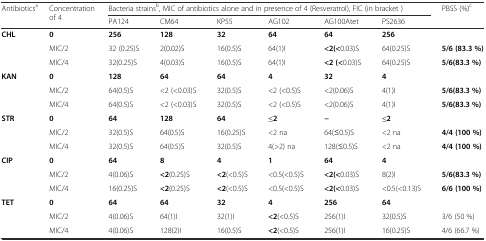
<table><thead><tr><td rowspan="2"><b>Antibiotics<sup>a</sup></b></td><td rowspan="2"><b>Concentration of 4</b></td><td colspan="6"><b>Bacteria strains<sup>b</sup>, MIC of antibiotics alone and in presence of 4 (Resveratrol), FIC (in bracket )</b></td><td><b>PBSS (%)<sup>c</sup></b></td></tr><tr><td><b>PA124</b></td><td><b>CM64</b></td><td><b>KP55</b></td><td><b>AG102</b></td><td><b>AG100Atet</b></td><td><b>PS2636</b></td><td></td></tr></thead><tbody><tr><td><b>CHL</b></td><td><b>0</b></td><td><b>256</b></td><td><b>128</b></td><td><b>32</b></td><td><b>64</b></td><td><b>64</b></td><td><b>256</b></td><td></td></tr><tr><td></td><td>MIC/2</td><td>32 (0.25)S</td><td>2(0.02)S</td><td>16(0.5)S</td><td>64(1)I</td><td><b>&lt;2(&lt;</b>0.03)S</td><td>64(0.25)S</td><td><b>5/6 (83.3 %)</b></td></tr><tr><td></td><td>MIC/4</td><td>32(0.25)S</td><td>4(0.03)S</td><td>16(0.5)S</td><td>64(1)I</td><td><b>&lt;2 (&lt;</b>0.03)S</td><td>64(0.25)S</td><td><b>5/6(83.3 %)</b></td></tr><tr><td><b>KAN</b></td><td><b>0</b></td><td><b>128</b></td><td><b>64</b></td><td><b>64</b></td><td><b>4</b></td><td><b>32</b></td><td><b>4</b></td><td></td></tr><tr><td></td><td>MIC/2</td><td>64(0.5)S</td><td>&lt;2 (&lt;0.03)S</td><td>32(0.5)S</td><td>&lt;2 (&lt;0.5)S</td><td>&lt;2(0.06)S</td><td>4(1)I</td><td><b>5/6(83.3 %)</b></td></tr><tr><td></td><td>MIC/4</td><td>64(0.5)S</td><td>&lt;2 (&lt;0.03)S</td><td>32(0.5)S</td><td>&lt;2 (&lt;0.5)S</td><td>&lt;2(0.06)S</td><td>4(1)I</td><td><b>5/6(83.3 %)</b></td></tr><tr><td><b>STR</b></td><td><b>0</b></td><td><b>64</b></td><td><b>128</b></td><td><b>64</b></td><td><b>≤2</b></td><td><b>−</b></td><td><b>≤2</b></td><td></td></tr><tr><td></td><td>MIC/2</td><td>32(0.5)S</td><td>64(0.5)S</td><td>16(0.25)S</td><td>&lt;2 na</td><td>64(≤0.5)S</td><td>&lt;2 na</td><td><b>4/4 (100 %)</b></td></tr><tr><td></td><td>MIC/4</td><td>32(0.5)S</td><td>64(0.5)S</td><td>32(0.5)S</td><td>4(&gt;2) na</td><td>128(≤0.5)S</td><td>&lt;2 na</td><td><b>4/4 (100 %)</b></td></tr><tr><td><b>CIP</b></td><td><b>0</b></td><td><b>64</b></td><td><b>8</b></td><td><b>4</b></td><td><b>1</b></td><td><b>64</b></td><td><b>4</b></td><td></td></tr><tr><td></td><td>MIC/2</td><td>4(0.06)S</td><td><b>&lt;2</b>(0.25)S</td><td><b>&lt;2</b>(&lt;0.5)S</td><td>&lt;0.5(&lt;0.5)S</td><td><b>&lt;2(&lt;</b>0.03)S</td><td>8(2)I</td><td><b>5/6(83.3 %)</b></td></tr><tr><td></td><td>MIC/4</td><td>16(0.25)S</td><td><b>&lt;2</b>(0.25)S</td><td><b>&lt;2</b>(&lt;0.5)S</td><td>&lt;0.5(&lt;0.5)S</td><td><b>&lt;2(&lt;</b>0.03)S</td><td>&lt;0.5(&lt;0.13)S</td><td><b>6/6 (100 %)</b></td></tr><tr><td><b>TET</b></td><td><b>0</b></td><td><b>64</b></td><td><b>64</b></td><td><b>32</b></td><td><b>4</b></td><td><b>256</b></td><td><b>64</b></td><td></td></tr><tr><td></td><td>MIC/2</td><td>4(0.06)S</td><td>64(1)I</td><td>32(1)I</td><td><b>&lt;2</b>(&lt;0.5)S</td><td>256(1)I</td><td>32(0.5)S</td><td>3/6 (50 %)</td></tr><tr><td></td><td>MIC/4</td><td>4(0.06)S</td><td>128(2)I</td><td>16(0.5)S</td><td><b>&lt;2</b>(&lt;0.5)S</td><td>256(1)I</td><td>16(0.25)S</td><td>4/6 (66.7 %)</td></tr></tbody></table>